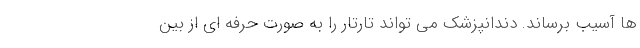
ها آسیب برساند. دندانپزشک می تواند تارتار را به صورت حرفه ای از بین